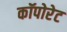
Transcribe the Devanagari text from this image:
कॉपोरेट